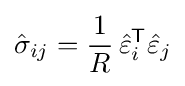
{\hat {\sigma }}_{ij}={\frac {1}{R}}\,{\hat {\varepsilon }}_{i}^{\mathsf {T}}{\hat {\varepsilon }}_{j}